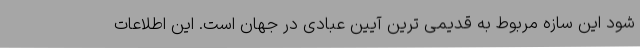
شود این سازه مربوط به قدیمی ترین آیین عبادی در جهان است. این اطلاعات